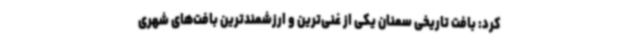
کرد: بافت تاریخی سمنان یکی از غنی‌ترین و ارزشمندترین بافت‌های شهری